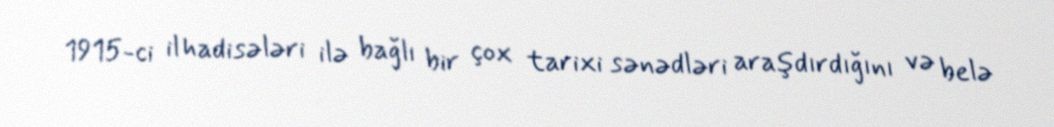
1915-ci il hadisələri ilə bağlı bir çox tarixi sənədləri araşdırdığını və belə